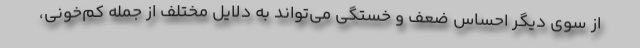
از سوی دیگر احساس ضعف و خستگی می‌تواند به دلایل مختلف از جمله کم‌خونی،